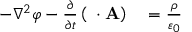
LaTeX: \begin{array} { r l } { - \nabla ^ { 2 } \varphi - { \frac { \partial } { \partial t } } \left( \mathbf { \nabla } \cdot \mathbf { A } \right) } & { { } = { \frac { \rho } { \varepsilon _ { 0 } } } } \end{array}